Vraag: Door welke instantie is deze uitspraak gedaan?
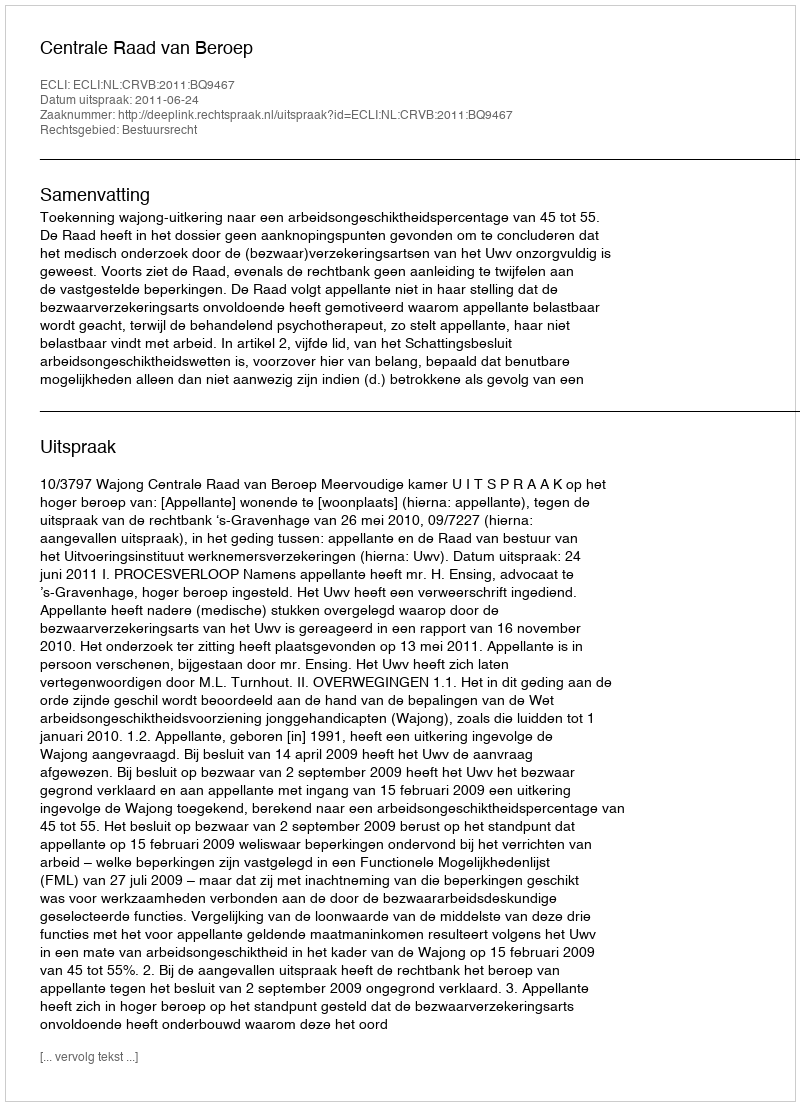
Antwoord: Centrale Raad van Beroep